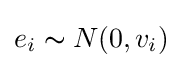
e_{i}\thicksim N(0,v_{i})